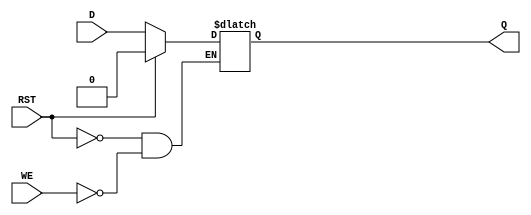
module async_register (
    input wire D,        // Data input
    input wire WE,       // Write Enable
    input wire RST,      // Reset
    output reg Q         // Data output
);

// Asynchronous behavior
always @(*) begin
    if (RST) begin
        Q <= 1'b0;      // Reset output to 0 when RST is asserted
    end else if (WE) begin
        Q <= D;         // Capture input data when WE is asserted
    end
    // If neither RST nor WE is asserted, Q retains its previous value (hold state)
end

endmodule